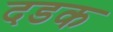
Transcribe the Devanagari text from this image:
दडक